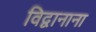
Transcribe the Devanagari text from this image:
विद्वानाना